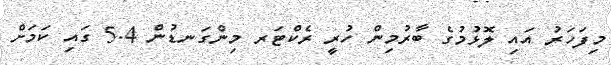
މިފަހަރު އައި ލޮޅުމުގެ ބާރުމިން ހުރީ ރެކްޓަރ މިންގަނޑުން 5.4 ގައި ކަމަށް